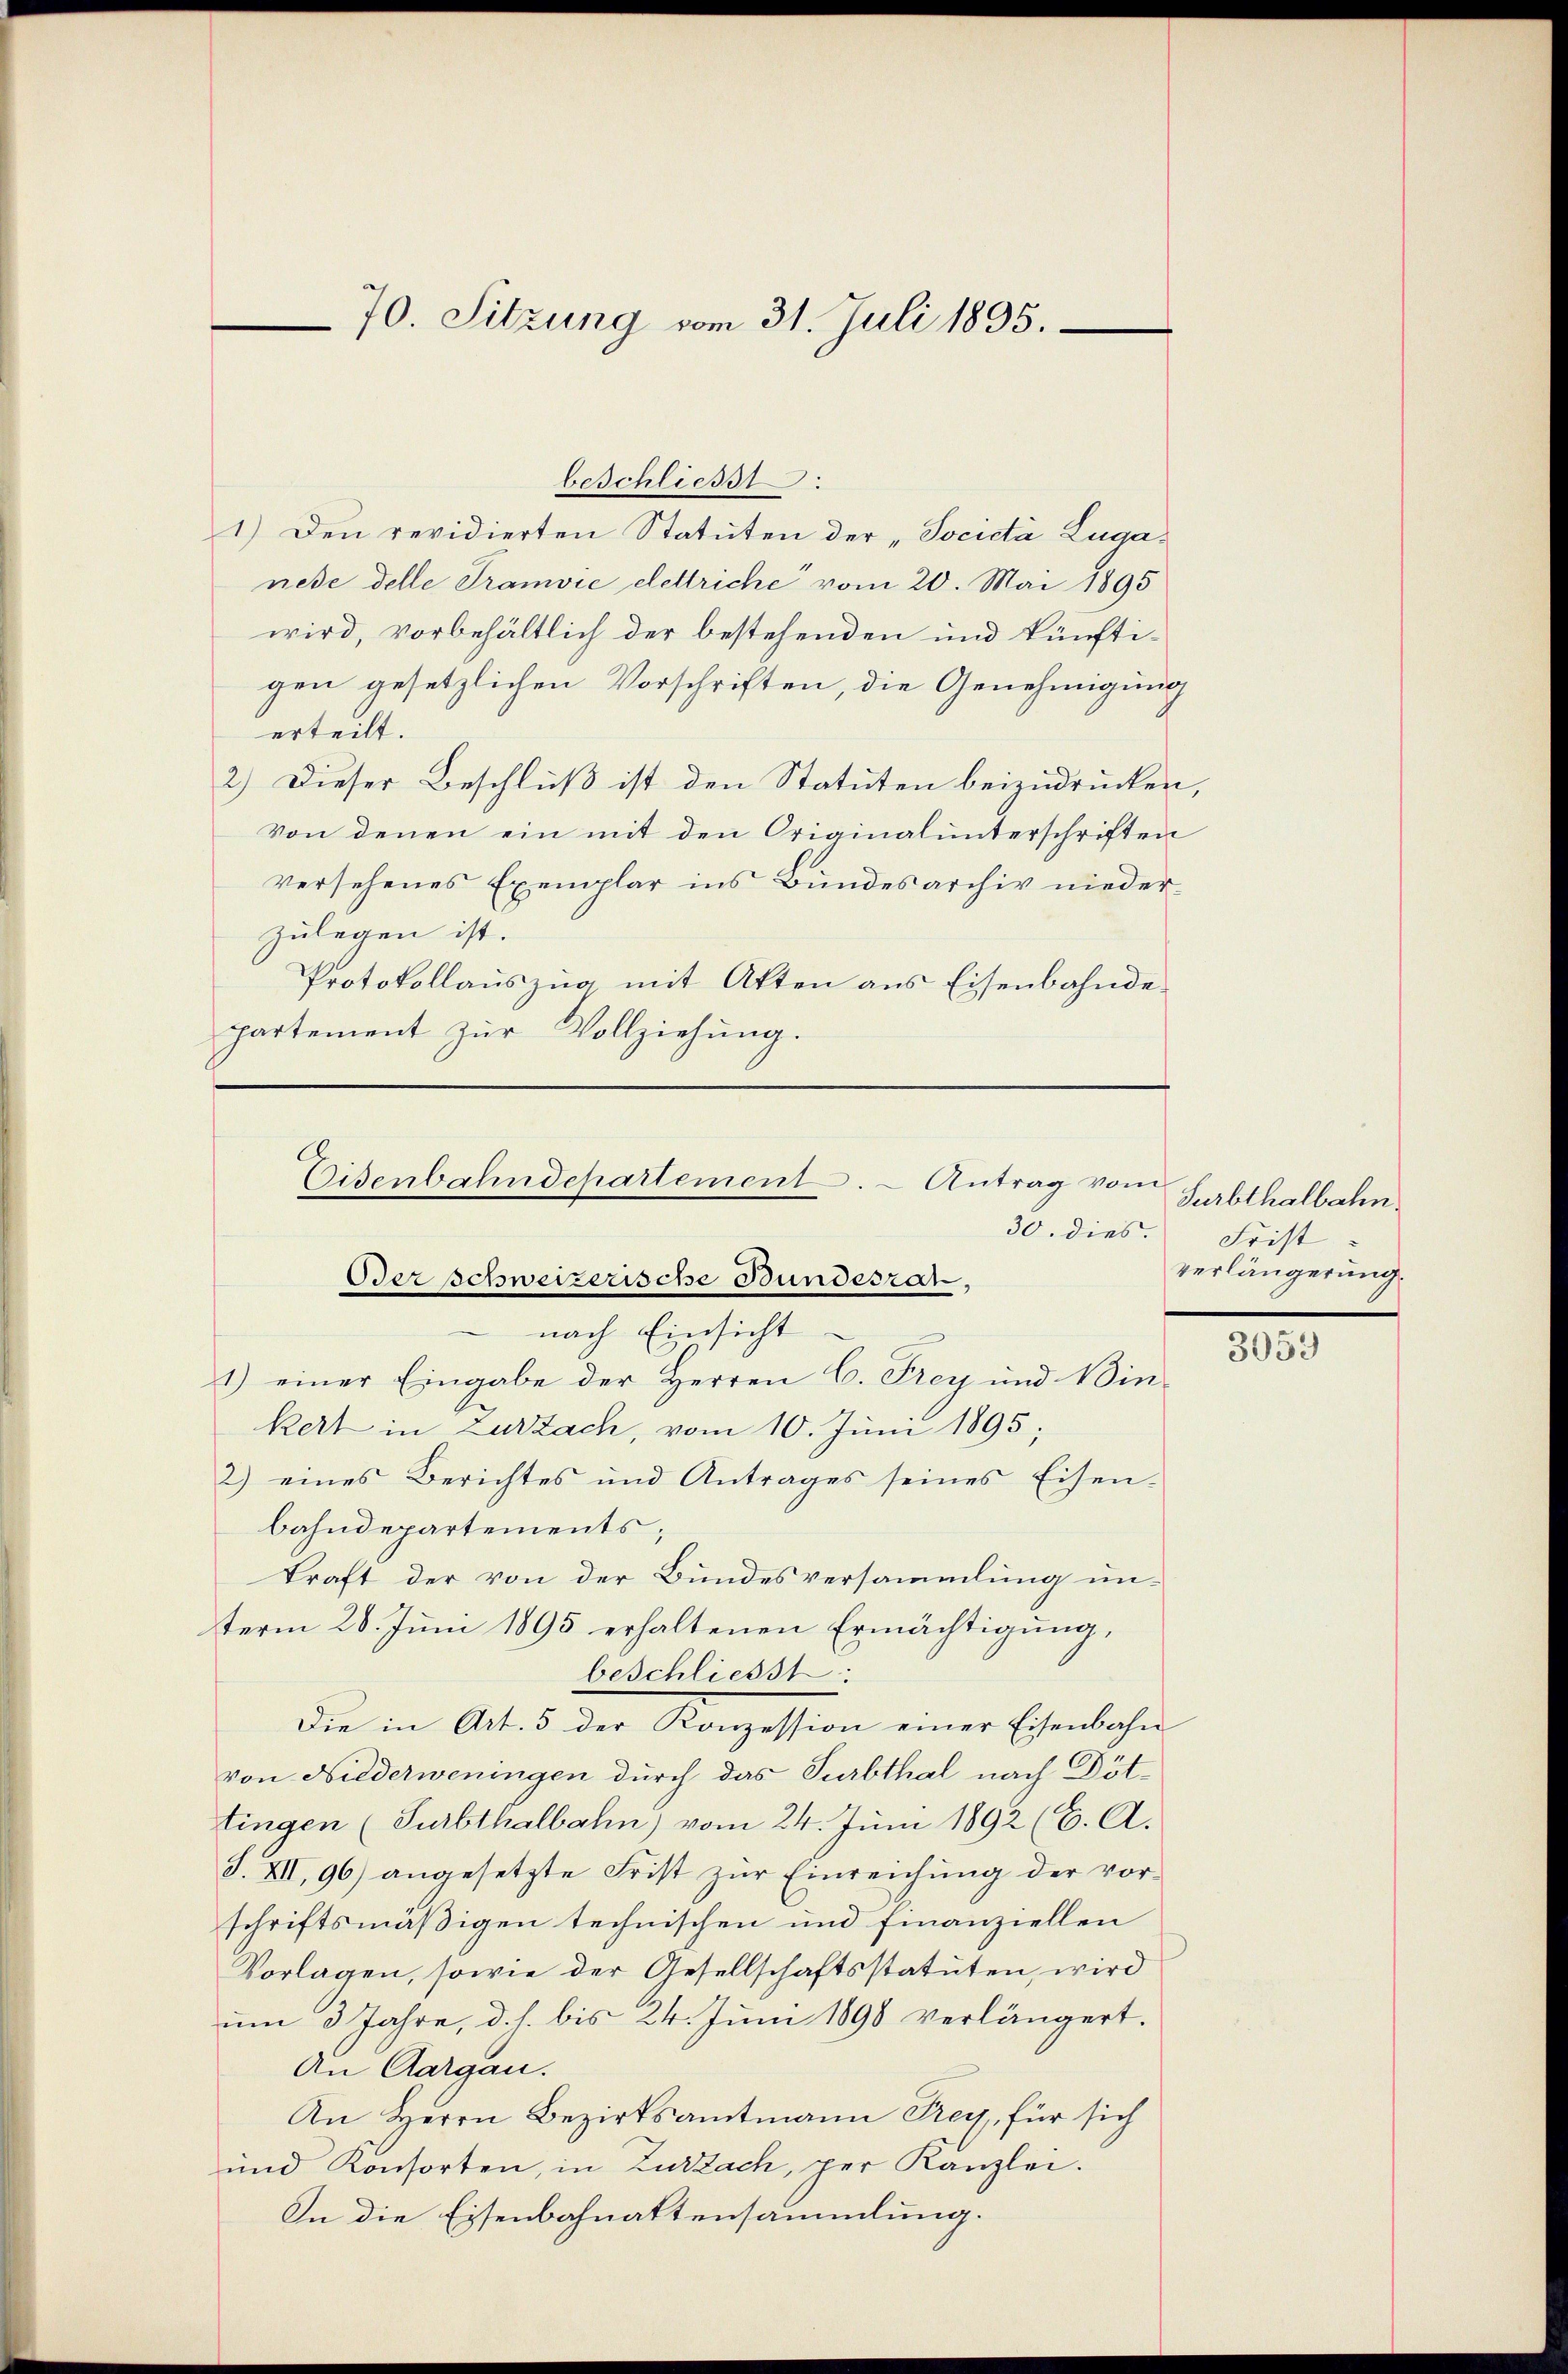
70. Sitzung vom 31. Juli 1895.

1.) Den revidierten Statuten der „Società Luganese delle Tramvić elettriche vom 20. Mai 1895
wird, vorbehältlich der bestehenden und künfti-
gen gesetzlichen Vorschriften, die Genehmigung
erteilt.
2.) Dieser Beschluß ist den Statuten beizudrucken
von denen ein mit den Originalunterschriften
versehenes Exemplar ins Bundesarchiv niederzulegen ist.
Protokollauszug mit Atten aus Eisenbahndepartement zur Vollziehung.
nach Einsicht
1) einer Eingabe der Herren C. Frey und Win-
kert in Zurzach, vom 10. Juni 1895;
2) eines Berichtes und Antrages seines Eisen-
bahndepartements,
kraft der von der Bundesversammlung unterm 28. Jŭni 1895 erhaltenen Ermächtigŭng,
beschliesst:
Die in Art. 5 der Konzession einer Eisenbahn
von Niederweningen durch das Turbthal nach Döttingen (Surbthalbahn) vom 24. Juni 1892 (C. A.
J. XII, 96) angesetzte Frist zŭr Einreichŭng der vor-
schriftsmäßigen technischen und finanziellen
Vorlagen, sowie der Gesellschaftsstatuten, wird
um 3 Jahre, d. h. bis 24. Juni 1890 verlängert.
An Aargau.
An Herrn Bezirksamtmann Frey, für sich
und Konsorten, in Zurzach, per Kanzlei.
In die Eisenbahnaktensammlung.

beschliesst:

Eisenbahndepartement. - Antrag vom
30. dies.
Oer schweizerische Bundesrat,

Surbthalbahn
Frist
verlängerung.

3053